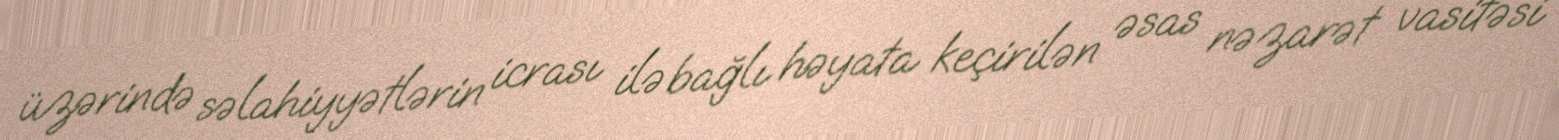
üzərində səlahiyyətlərin icrası ilə bağlı həyata keçirilən əsas nəzarət vasitəsi